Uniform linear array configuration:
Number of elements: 64
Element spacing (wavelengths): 0.75
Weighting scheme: blackman
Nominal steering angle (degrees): -30
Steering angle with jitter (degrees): -30.531
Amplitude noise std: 0.05
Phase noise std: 0.05

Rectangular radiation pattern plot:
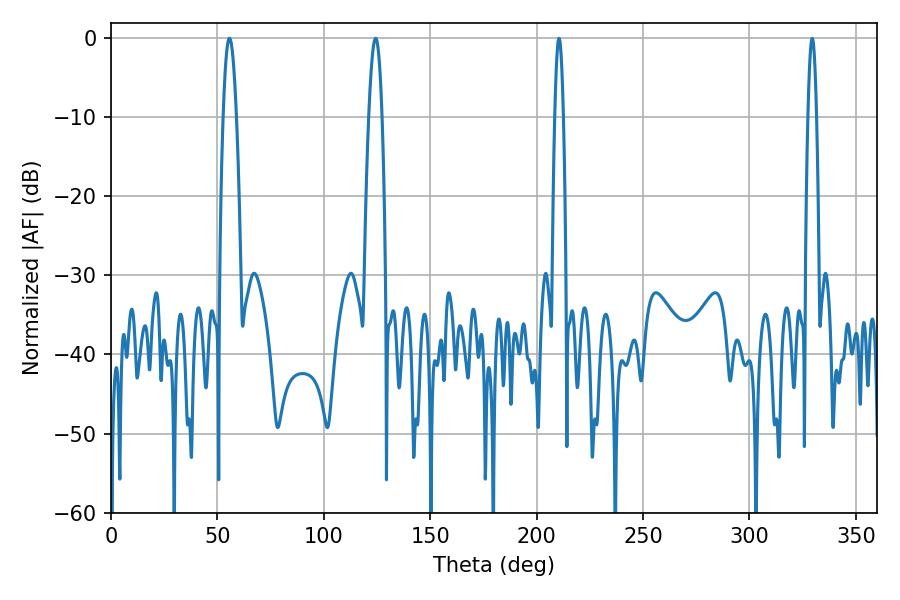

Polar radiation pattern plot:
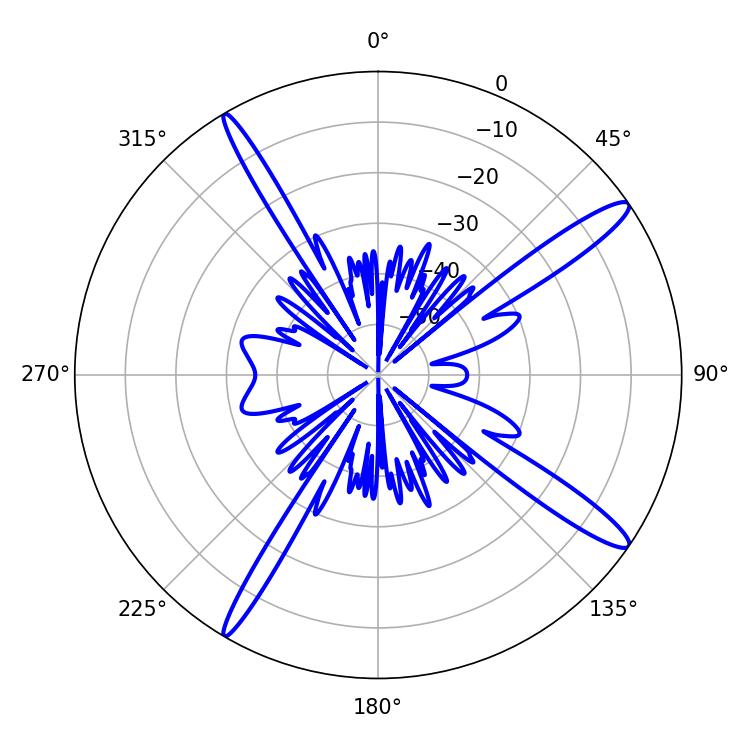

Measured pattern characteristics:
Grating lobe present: TRUE
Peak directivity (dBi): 14.933
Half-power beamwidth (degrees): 3.42
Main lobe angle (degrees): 55.62